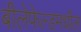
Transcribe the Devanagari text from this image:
बीलेफेल्डमधील